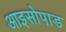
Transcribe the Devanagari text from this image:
आइसोपाड